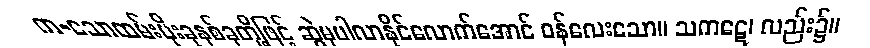
က-သောထမ်းပိုးခုနစ်ခုတို့ဖြင့် ဆွဲမှပါလာနိုင်လောက်အောင် ဝန်လေးသော။ သကဋေ၊ လည်း၌။